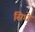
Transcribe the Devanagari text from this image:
सिधे